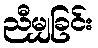
ညီမျှခြင်း